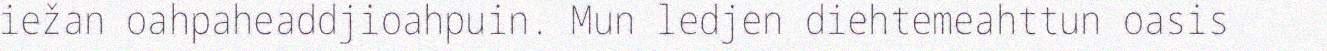
iežan oahpaheaddjioahpuin. Mun ledjen diehtemeahttun oasis